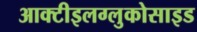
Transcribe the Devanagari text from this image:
आक्टीइलग्लुकोसाइड